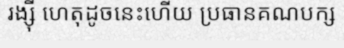
រង្ស៊ី ហេតុដូចនេះហើយ ប្រធានគណបក្ស